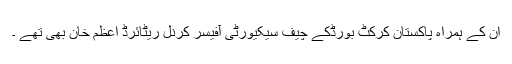
ان کے ہمراہ پاکستان کرکٹ بورڈکے چیف سیکیورٹی آفیسر کرنل ریٹائرڈ اعظم خان بھی تھے ۔